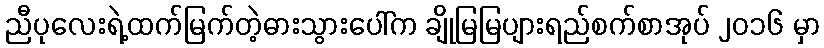
ညီပုလေးရဲ့ထက်မြက်တဲ့ဓားသွားပေါ်က ချိုမြမြပျားရည်စက်စာအုပ် ၂၀၁၆ မှာ